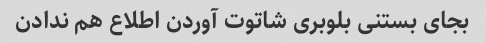
بجای بستنی بلوبری شاتوت آوردن اطلاع هم ندادن